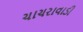
ચાચરાવાડી